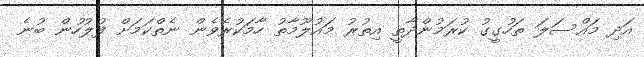
އަދި މައްސަލަ ތަހުގީގު ކުރަމުންދާތީ އިތުރު މައުލޫމާތު ހާމަކުރެވެން ނެތްކަމަށް ފުލުހުން ބުނެ